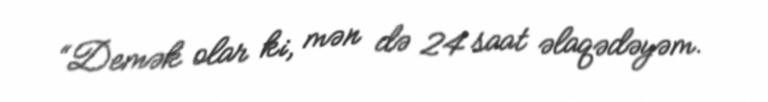
“Demək olar ki, mən də 24 saat əlaqədəyəm.